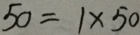
5 0 = 1 \times 5 0